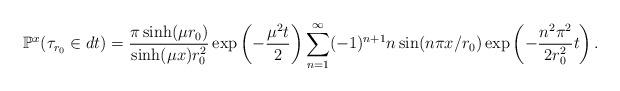
LaTeX: \begin{align*}\mathbb{P}^x(\tau_{r_0} \in dt) =\frac{\pi \sinh(\mu r_0)}{\sinh(\mu x) r_0^2} \exp\left(-\frac{\mu^2 t}{2} \right) \sum_{n=1}^\infty (-1)^{n+1} n \sin(n \pi x /r_0) \exp\left(-\frac{n^2 \pi^2 }{2r_0^2} t \right).\end{align*}